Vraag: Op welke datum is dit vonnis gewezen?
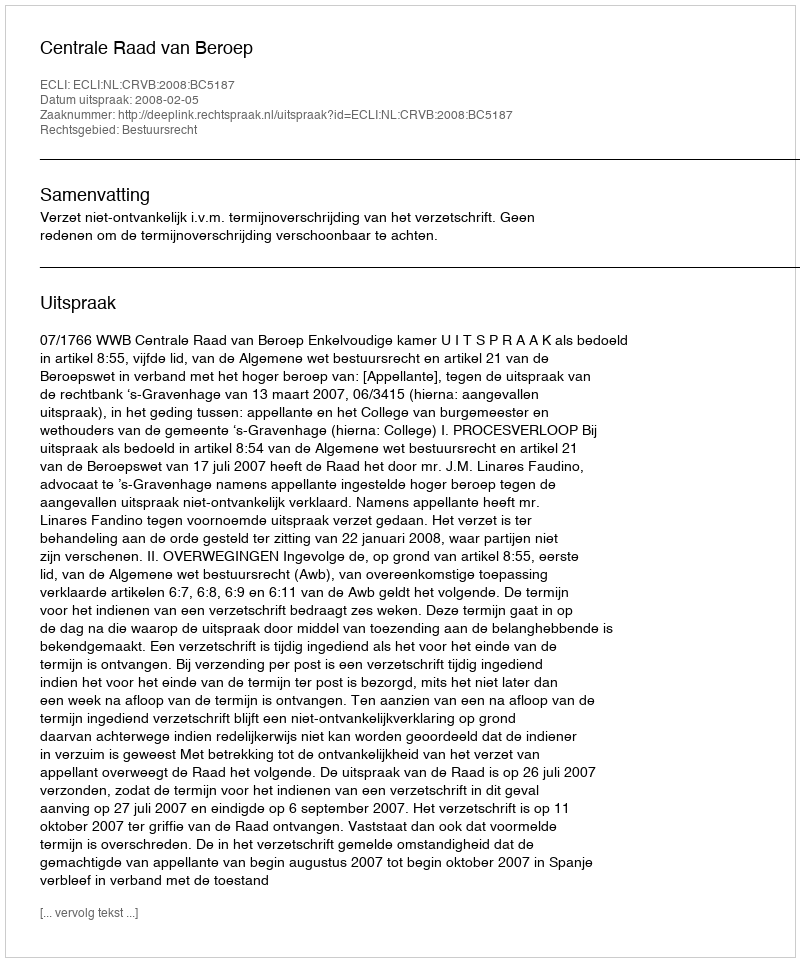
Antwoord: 2008-02-05